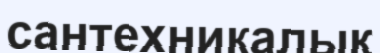
сантехникалық